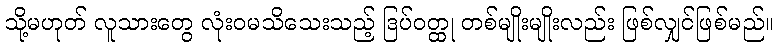
သို့မဟုတ် လူသားတွေ လုံးဝမသိသေးသည့် ဒြပ်ဝတ္ထု တစ်မျိုးမျိုးလည်း ဖြစ်လျှင်ဖြစ်မည်။